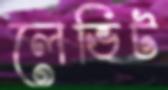
লেভিট